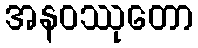
အနဝဿုတော